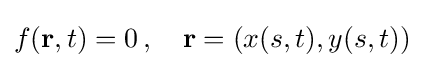
f(\mathbf {r} ,t)=0\,,\quad \mathbf {r} =(x(s,t),y(s,t))